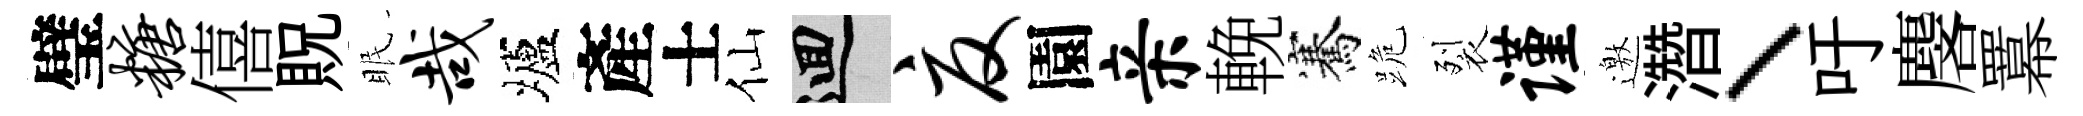
璧糖僖貺眠哉壚產士仙回夏園亲輓騫跪裂谨邀濳、吁麐羃